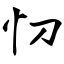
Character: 忉